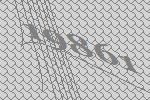
19861